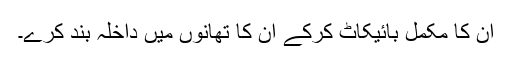
ان کا مکمل بائیکاٹ کرکے ان کا تھانوں میں داخلہ بند کرے۔